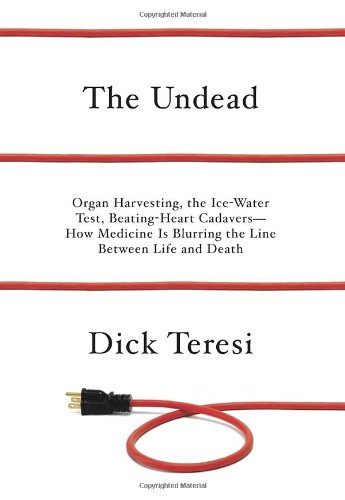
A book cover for The Undead: Organ Harvesting, the Ice-Water Test, Beating Heart Cadavers--How Medicine Is Blurring the Line Between Life and Death; Dick Teresi; Health, Fitness & Dieting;